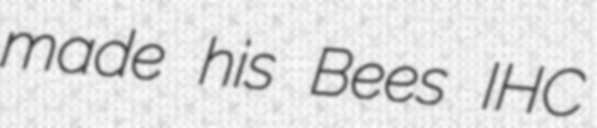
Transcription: made his Bees IHC